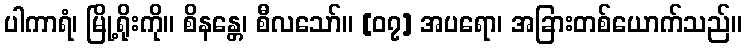
ပါကာရံ၊ မြို့ရိုးကို။ စိနန္တေ၊ စီလသော်။ [၀၇] အပရော၊ အခြားတစ်ယောက်သည်။